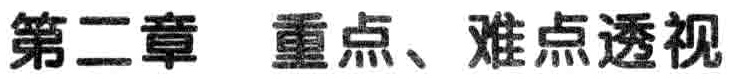
第二章 重点、难点透视